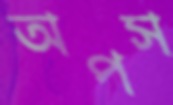
অপস